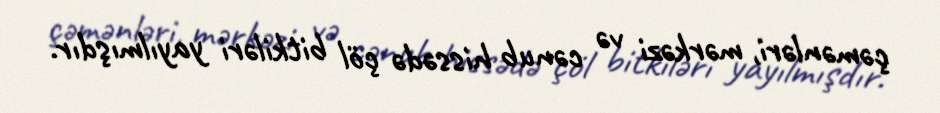
çəmənləri, mərkəzi və cənub hissədə çöl bitkiləri yayılmışdır.